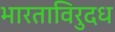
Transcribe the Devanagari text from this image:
भारताविरुदध